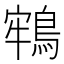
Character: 𪁔